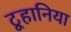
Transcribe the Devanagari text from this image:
टूहानिया